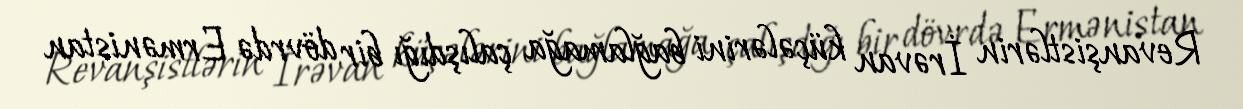
Revanşistlərin İrəvan küçələrini bağlamağa çalışdığı bir dövrdə Ermənistan